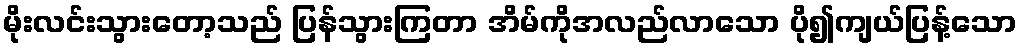
မိုးလင်းသွားတော့သည် ပြန်သွားကြတာ အိမ်ကိုအလည်လာသော ပို၍ကျယ်ပြန့်သော